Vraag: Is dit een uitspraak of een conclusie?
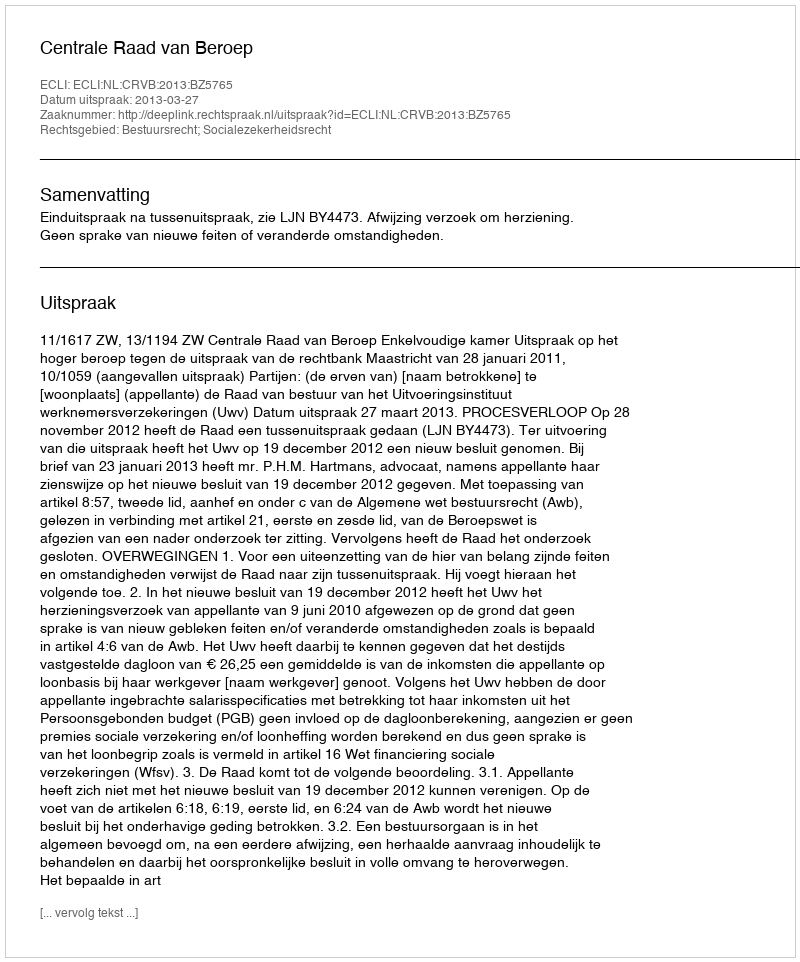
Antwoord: Uitspraak